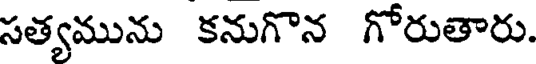
సత్యమును కనుగొన గోరుతారు.